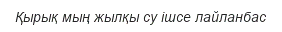
Қырық мың жылқы су ішсе лайланбас